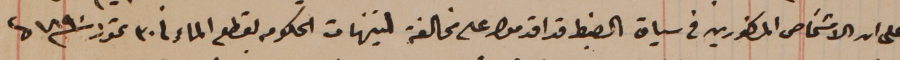
على ان الاشخاص المذكورين في سياق الضبط قد اقدموا على مخالفة لتنبهات الحكومه بقطع الماء فى ٣٠ تموز سنة ١٨٩٠ من